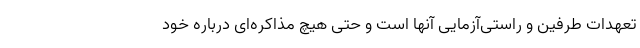
تعهدات طرفین و راستی‌آزمایی آنها است و حتی هیچ مذاکره‌ای درباره خود